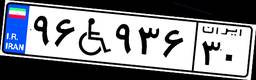
۷۴W۵۳۰۱۰